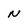
Character: N